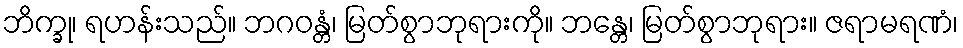
ဘိက္ခု၊ ရဟန်းသည်။ ဘဂဝန္တံ၊ မြတ်စွာဘုရားကို။ ဘန္တေ၊ မြတ်စွာဘုရား။ ဇရာမရဏံ၊